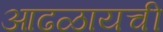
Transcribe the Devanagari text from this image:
आढळायची